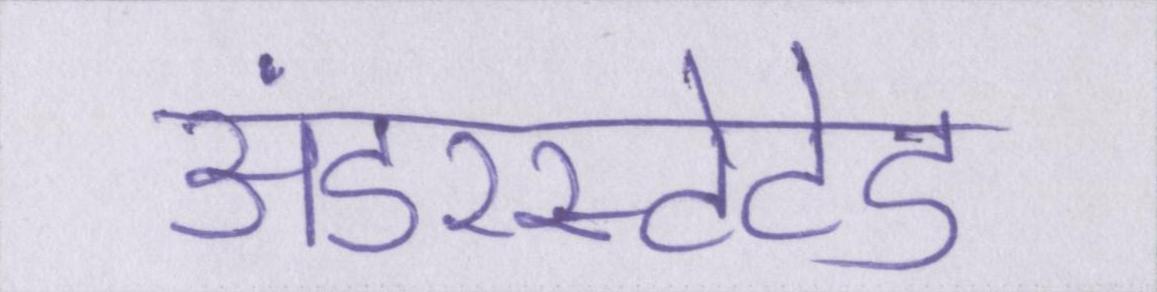
अंडरस्टेटेड